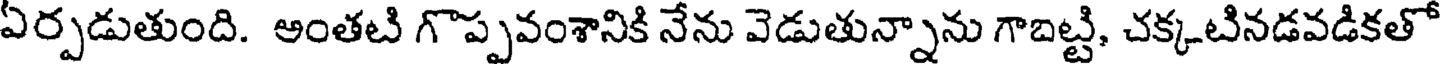
ఏర్పడుతుంది. అంతటి గొప్పవంశానికి నేను వెడుతున్నాను గాబట్టి, చక్కటినడవడికతో